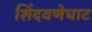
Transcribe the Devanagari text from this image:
शिंदवणेघाट